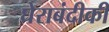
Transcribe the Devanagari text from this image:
घेराबंदीकी